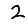
Digit: 2